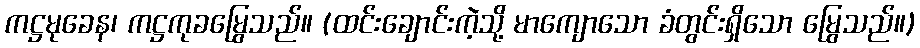
ကဋ္ဌမုခေန၊ ကဋ္ဌကုခမြွေသည်။ (ထင်းချောင်းကဲ့သို့ မာကျောသော ခံတွင်းရှိသော မြွေသည်။)